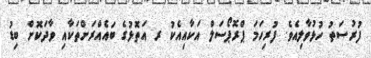
ފުރުސަތު ހުޅުވާލިއެވެ. ފުރިހަމަ ޕްރޮޕޯސަލް އަކާއިއެކު ރ އަތޮޅުގެ ބައެއްރަށްތަކާއި ވާދަކޮށް ބިޑު